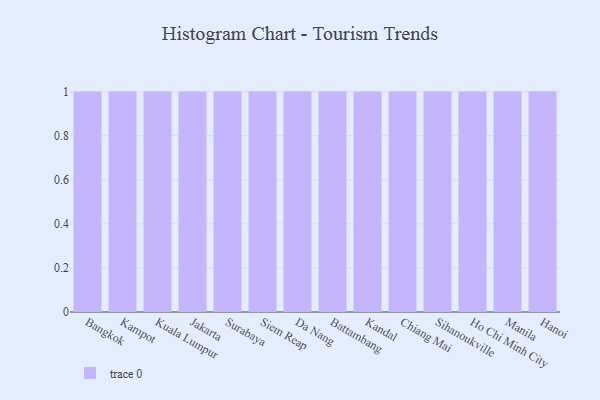
{"axis": {"x": "City", "y": "Churn Rate (%)"}, "legend": [""], "data": [{"x": "Bangkok", "y": 26, "type": ""}, {"x": "Kampot", "y": 82, "type": ""}, {"x": "Kuala Lumpur", "y": 40, "type": ""}, {"x": "Jakarta", "y": 14, "type": ""}, {"x": "Surabaya", "y": 72, "type": ""}, {"x": "Siem Reap", "y": 24, "type": ""}, {"x": "Da Nang", "y": 55, "type": ""}, {"x": "Battambang", "y": 3, "type": ""}, {"x": "Kandal", "y": 57, "type": ""}, {"x": "Chiang Mai", "y": 24, "type": ""}, {"x": "Sihanoukville", "y": 20, "type": ""}, {"x": "Ho Chi Minh City", "y": 20, "type": ""}, {"x": "Manila", "y": 40, "type": ""}, {"x": "Hanoi", "y": 66, "type": ""}]}